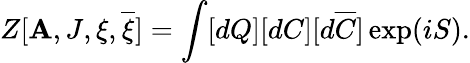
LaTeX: Z[\mathbf{A},J,\xi,\overline{{{{\xi}}}}]=\int[dQ][dC][d\overline{{{{C}}}}]\exp(iS).